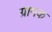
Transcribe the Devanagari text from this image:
ग्रामक